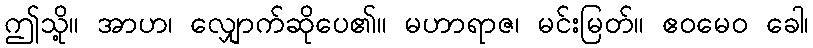
ဤသို့။ အာဟ၊ လျှောက်ဆိုပေ၏။ မဟာရာဇ၊ မင်းမြတ်။ ဧဝမေဝ ခေါ၊